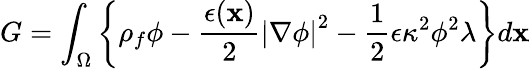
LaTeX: G=\int_{\Omega}\left\{ \rho_{f}\phi-\frac{\epsilon(\mathbf{x})}{2}\left|\nabla\phi\right|^{2}-\frac{1}{2}\epsilon\kappa^{2}\phi^{2}\lambda\right\} d\mathbf{x}